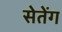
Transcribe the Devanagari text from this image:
सेतेंग